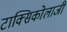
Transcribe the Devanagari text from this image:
टाक्सिकोलाजी